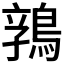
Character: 𱈬